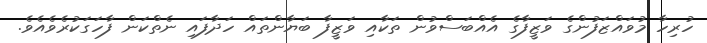
ހުރިހާ މުވައްޒަފުންގެ ވަޒީފާގެ އެއްބަސްވުން ތަކާއި ވަޒީފާ ބަޔާންތައް ހަދާފައި ނެތްކަން ފާހަގަކުރެވެއެވެ.